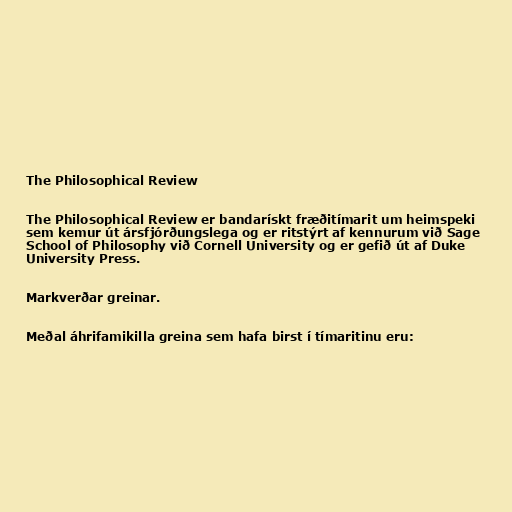
The Philosophical Review

The Philosophical Review er bandarískt fræðitímarit um heimspeki
sem kemur út ársfjórðungslega og er ritstýrt af kennurum við Sage
School of Philosophy við Cornell University og er gefið út af Duke
University Press.

Markverðar greinar.

Meðal áhrifamikilla greina sem hafa birst í tímaritinu eru: